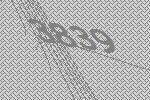
3839